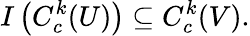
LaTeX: I\left(C_{c}^{k}(U)\right)\subseteq C_{c}^{k}(V).